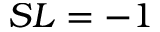
S L = - 1